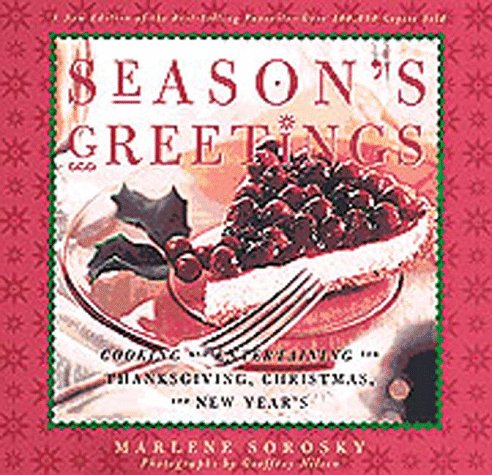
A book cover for Season's Greetings: Cooking and Entertaining for Thanksgiving, Christmas, and New Year's; Marlene Sorosky; Cookbooks, Food & Wine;